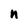
Character: n